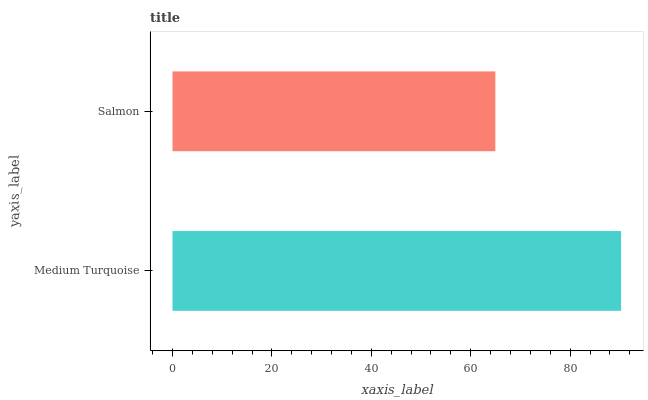
| yaxis_label | bars |
 | --- | --- |
 | Medium Turquoise | 90.2 |
 | Salmon | 64.9 |